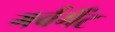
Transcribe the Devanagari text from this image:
गर्वमैंट